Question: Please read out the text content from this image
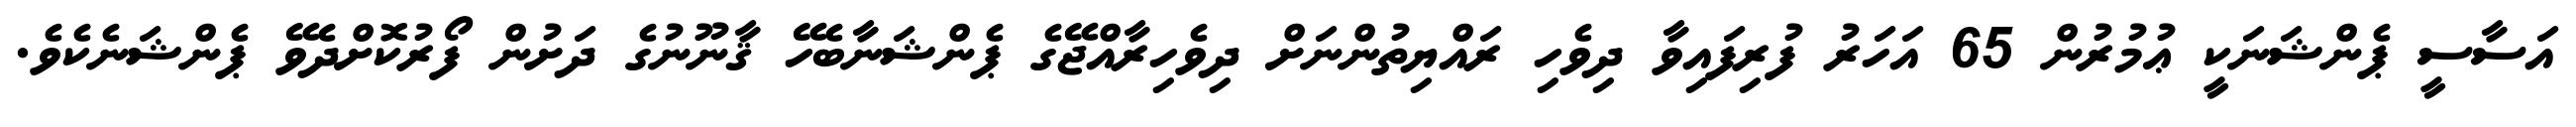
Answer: އަސާސީ ޕެންޝަނަކީ ޢުމުރުން 65 އަހަރު ފުރިފައިވާ ދިވެހި ރައްޔިތުންނަށް ދިވެހިރާއްޖޭގެ ޕެންޝަނާބެހޭ ޤާނޫނުގެ ދަށުން ފޯރުކޮށްދެވޭ ޕެންޝަނެކެވެ.